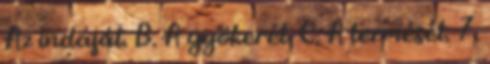
Az indáját. B. A gyökerét. C. A termését. 7.